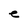
Character: e